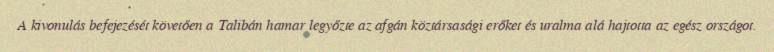
A kivonulás befejezését követően a Talibán hamar legyőzte az afgán köztársasági erőket és uralma alá hajtotta az egész országot.